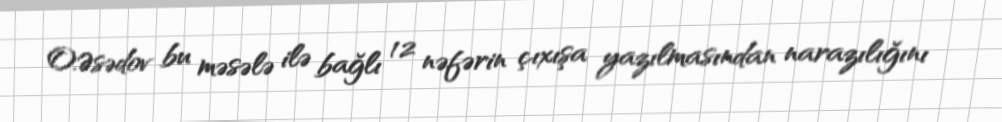
O.Əsədov bu məsələ ilə bağlı 12 nəfərin çıxışa yazılmasından narazılığını